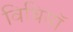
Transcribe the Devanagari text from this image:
विधियॉ